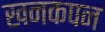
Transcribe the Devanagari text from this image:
खनकपन